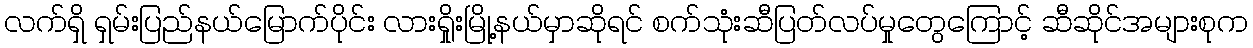
လက်ရှိ ရှမ်းပြည်နယ်မြောက်ပိုင်း လားရှိုးမြို့နယ်မှာဆိုရင် စက်သုံးဆီပြတ်လပ်မှုတွေကြောင့် ဆီဆိုင်အများစုက